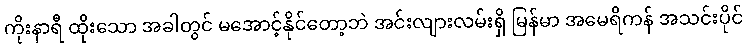
ကိုးနာရီ ထိုးသော အခါတွင် မအောင့်နိုင်တော့ဘဲ အင်းလျားလမ်းရှိ မြန်မာ အမေရိကန် အသင်းပိုင်